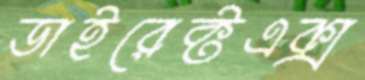
ডাইরেক্টএক্স